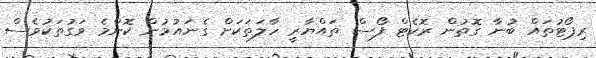
ރިޕޯޓުތައް ބުނާ ގޮތުން ރޮކެޓް ފޯސް ތައްޔާރީ ހާލަތަކަށް ގެނައުމުން ކޮންމެ ވަގުތަކުވެސް